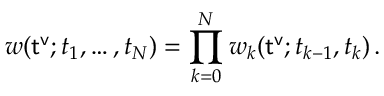
w ( { \sf t ^ { v } } ; t _ { 1 } , \dots , t _ { N } ) = \prod _ { k = 0 } ^ { N } w _ { k } ( { \sf t ^ { v } } ; t _ { k - 1 } , t _ { k } ) \, .